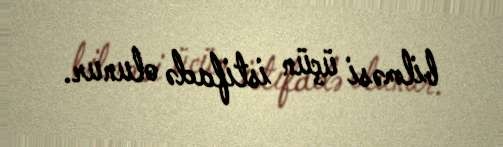
bilməsi üçün istifadə olunur.